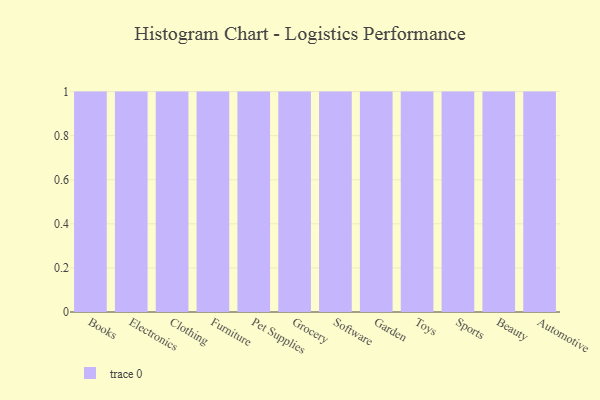
{"axis": {"x": "Category", "y": "Waste Production (Tons)"}, "legend": [""], "data": [{"x": "Books", "y": 68, "type": ""}, {"x": "Electronics", "y": 74, "type": ""}, {"x": "Clothing", "y": 15, "type": ""}, {"x": "Furniture", "y": 14, "type": ""}, {"x": "Pet Supplies", "y": 42, "type": ""}, {"x": "Grocery", "y": 96, "type": ""}, {"x": "Software", "y": 76, "type": ""}, {"x": "Garden", "y": 22, "type": ""}, {"x": "Toys", "y": 36, "type": ""}, {"x": "Sports", "y": 59, "type": ""}, {"x": "Beauty", "y": 68, "type": ""}, {"x": "Automotive", "y": 64, "type": ""}]}